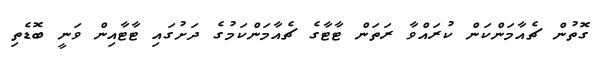
ގޮތުން ޗެއާމަންކަން ކުރައްވާ ރަތަން ޓާޓާގެ ޗެއާމަންކަމުގެ ދަށުގައި ޓާޓާއިން ވަނީ ބޮޑެތި